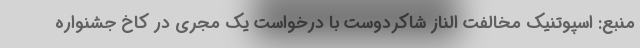
منبع: اسپوتنیک مخالفت الناز شاکردوست با درخواست یک مجری در کاخ جشنواره